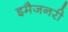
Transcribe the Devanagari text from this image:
इमैजनरी